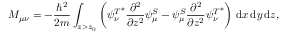
M _ { \mu \nu } = - { \frac { \hbar ^ { 2 } } { 2 m } } \int _ { z > z _ { 0 } } \left( { \psi _ { \nu } ^ { T } } ^ { * } { \frac { \partial ^ { 2 } } { \partial z ^ { 2 } } } { \psi _ { \mu } ^ { S } } - { \psi _ { \mu } ^ { S } } { \frac { \partial ^ { 2 } } { \partial z ^ { 2 } } } { \psi _ { \nu } ^ { T } } ^ { * } \right) \, \mathrm { d } x \, \mathrm { d } y \, \mathrm { d } z ,